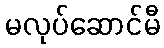
မလုပ်ဆောင်မီ